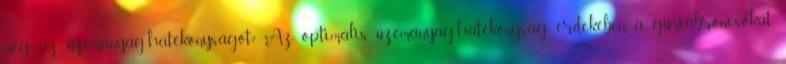
még az üzemanyag-hatékonyságot? Az optimális üzemanyag-hatékonyság érdekében a gumiabroncsokat